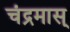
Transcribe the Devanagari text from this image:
चंद्रमास्